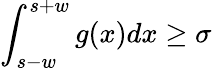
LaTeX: \displaystyle\int_{s-w}^{s+w}g(x)dx\ge\sigma